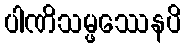
ပါဏိသမ္ဖဿေနပိ